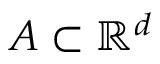
A \subset \ensuremath { \mathbb { R } } ^ { d }